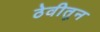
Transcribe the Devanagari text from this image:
ठेवीतून